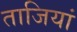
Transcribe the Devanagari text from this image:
ताजियां